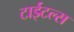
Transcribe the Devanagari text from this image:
टाईटल्स